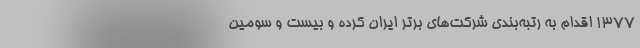
۱۳۷۷ اقدام به رتبه‌بندی شرکت‌های برتر ایران کرده و بیست ‌و سومین